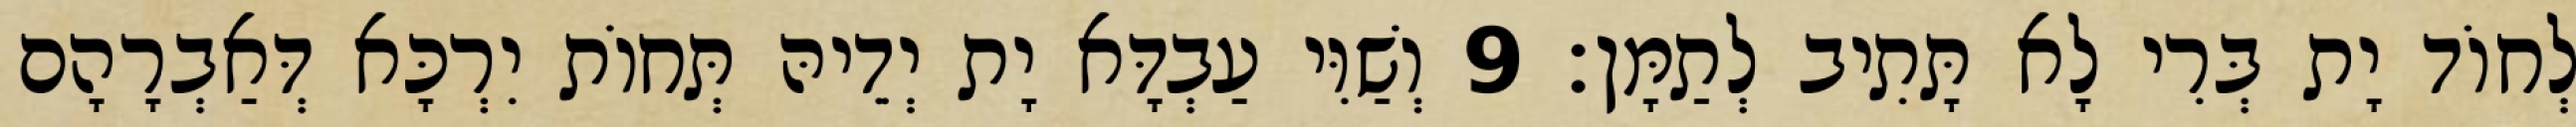
לְחוֹד יָת בְּרִי לָא תָּתִיב לְתַמָּן׃ 9 וְשַׁוִּי עַבְדָּא יָת יְדֵיהּ תְּחוֹת יִרְכָּא דְּאַבְרָהָם